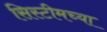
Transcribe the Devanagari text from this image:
सिस्टीमच्या